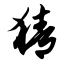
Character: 猜